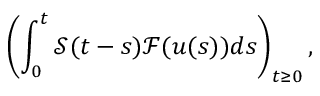
\left( \displaystyle \int _ { 0 } ^ { t } \mathcal { S } ( t - s ) \mathcal { F } ( u ( s ) ) d s \right) _ { t \geq 0 } ,